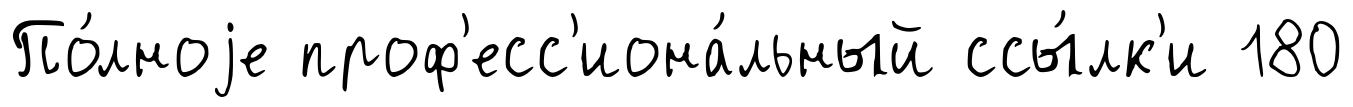
По́лноjе проф'есс'иона́льный ссы́лк'и 180